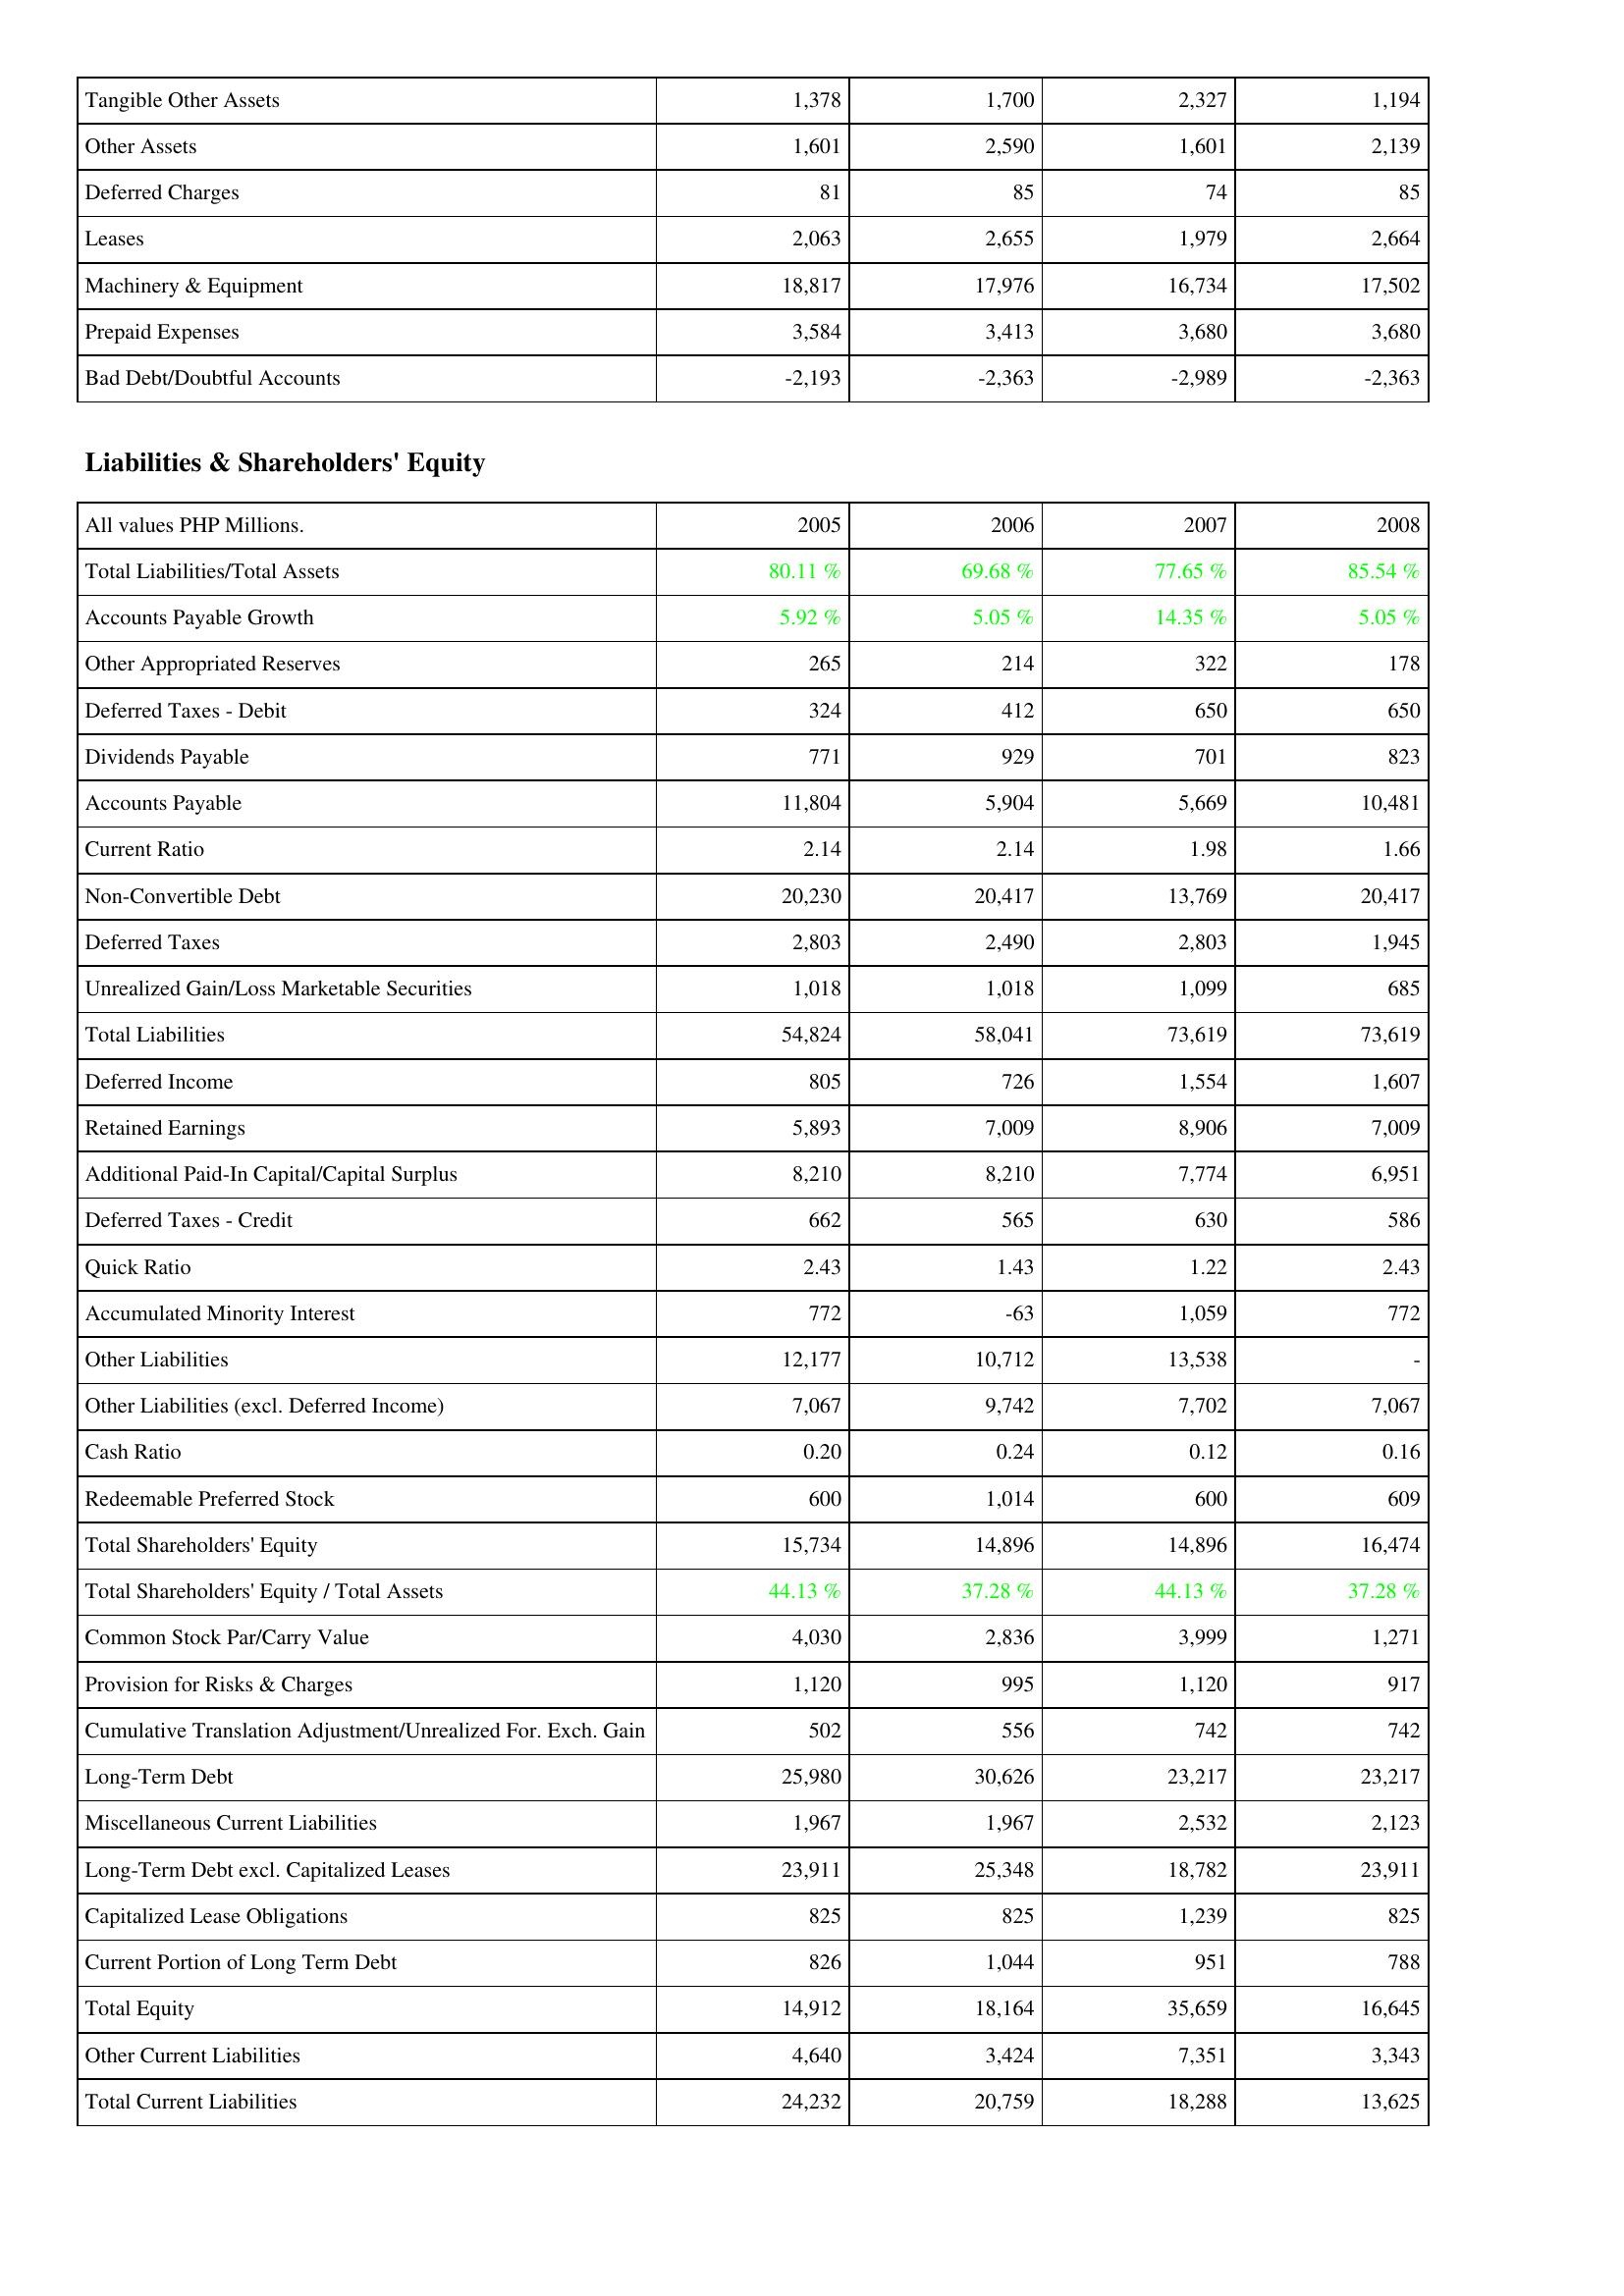
2005: Assets: Tangible Other Assets: 1,378
Other Assets: 1,601
Deferred Charges: 81
Leases: 2,063
Machinery & Equipment: 18,817
Prepaid Expenses: 3,584
Bad Debt/Doubtful Accounts: -2,193
Liabilities & Shareholders' Equity: Total Liabilities/Total Assets: 80.11 %
Accounts Payable Growth: 5.92 %
Other Appropriated Reserves: 265
Deferred Taxes - Debit: 324
Dividends Payable: 771
Accounts Payable: 11,804
Current Ratio: 2.14
Non-Convertible Debt: 20,230
Deferred Taxes: 2,803
Unrealized Gain/Loss Marketable Securities: 1,018
Total Liabilities: 54,824
Deferred Income: 805
Retained Earnings: 5,893
Additional Paid-In Capital/Capital Surplus: 8,210
Deferred Taxes - Credit: 662
Quick Ratio: 2.43
Accumulated Minority Interest: 772
Other Liabilities: 12,177
Other Liabilities (excl. Deferred Income): 7,067
Cash Ratio: 0.20
Redeemable Preferred Stock: 600
Total Shareholders' Equity: 15,734
Total Shareholders' Equity / Total Assets: 44.13 %
Common Stock Par/Carry Value: 4,030
Provision for Risks & Charges: 1,120
Cumulative Translation Adjustment/Unrealized For. Exch. Gain: 502
Long-Term Debt: 25,980
Miscellaneous Current Liabilities: 1,967
Long-Term Debt excl. Capitalized Leases: 23,911
Capitalized Lease Obligations: 825
Current Portion of Long Term Debt: 826
Total Equity: 14,912
Other Current Liabilities: 4,640
Total Current Liabilities: 24,232
2006: Assets: Tangible Other Assets: 1,700
Other Assets: 2,590
Deferred Charges: 85
Leases: 2,655
Machinery & Equipment: 17,976
Prepaid Expenses: 3,413
Bad Debt/Doubtful Accounts: -2,363
Liabilities & Shareholders' Equity: Total Liabilities/Total Assets: 69.68 %
Accounts Payable Growth: 5.05 %
Other Appropriated Reserves: 214
Deferred Taxes - Debit: 412
Dividends Payable: 929
Accounts Payable: 5,904
Current Ratio: 2.14
Non-Convertible Debt: 20,417
Deferred Taxes: 2,490
Unrealized Gain/Loss Marketable Securities: 1,018
Total Liabilities: 58,041
Deferred Income: 726
Retained Earnings: 7,009
Additional Paid-In Capital/Capital Surplus: 8,210
Deferred Taxes - Credit: 565
Quick Ratio: 1.43
Accumulated Minority Interest: -63
Other Liabilities: 10,712
Other Liabilities (excl. Deferred Income): 9,742
Cash Ratio: 0.24
Redeemable Preferred Stock: 1,014
Total Shareholders' Equity: 14,896
Total Shareholders' Equity / Total Assets: 37.28 %
Common Stock Par/Carry Value: 2,836
Provision for Risks & Charges: 995
Cumulative Translation Adjustment/Unrealized For. Exch. Gain: 556
Long-Term Debt: 30,626
Miscellaneous Current Liabilities: 1,967
Long-Term Debt excl. Capitalized Leases: 25,348
Capitalized Lease Obligations: 825
Current Portion of Long Term Debt: 1,044
Total Equity: 18,164
Other Current Liabilities: 3,424
Total Current Liabilities: 20,759
2007: Assets: Tangible Other Assets: 2,327
Other Assets: 1,601
Deferred Charges: 74
Leases: 1,979
Machinery & Equipment: 16,734
Prepaid Expenses: 3,680
Bad Debt/Doubtful Accounts: -2,989
Liabilities & Shareholders' Equity: Total Liabilities/Total Assets: 77.65 %
Accounts Payable Growth: 14.35 %
Other Appropriated Reserves: 322
Deferred Taxes - Debit: 650
Dividends Payable: 701
Accounts Payable: 5,669
Current Ratio: 1.98
Non-Convertible Debt: 13,769
Deferred Taxes: 2,803
Unrealized Gain/Loss Marketable Securities: 1,099
Total Liabilities: 73,619
Deferred Income: 1,554
Retained Earnings: 8,906
Additional Paid-In Capital/Capital Surplus: 7,774
Deferred Taxes - Credit: 630
Quick Ratio: 1.22
Accumulated Minority Interest: 1,059
Other Liabilities: 13,538
Other Liabilities (excl. Deferred Income): 7,702
Cash Ratio: 0.12
Redeemable Preferred Stock: 600
Total Shareholders' Equity: 14,896
Total Shareholders' Equity / Total Assets: 44.13 %
Common Stock Par/Carry Value: 3,999
Provision for Risks & Charges: 1,120
Cumulative Translation Adjustment/Unrealized For. Exch. Gain: 742
Long-Term Debt: 23,217
Miscellaneous Current Liabilities: 2,532
Long-Term Debt excl. Capitalized Leases: 18,782
Capitalized Lease Obligations: 1,239
Current Portion of Long Term Debt: 951
Total Equity: 35,659
Other Current Liabilities: 7,351
Total Current Liabilities: 18,288
2008: Assets: Tangible Other Assets: 1,194
Other Assets: 2,139
Deferred Charges: 85
Leases: 2,664
Machinery & Equipment: 17,502
Prepaid Expenses: 3,680
Bad Debt/Doubtful Accounts: -2,363
Liabilities & Shareholders' Equity: Total Liabilities/Total Assets: 85.54 %
Accounts Payable Growth: 5.05 %
Other Appropriated Reserves: 178
Deferred Taxes - Debit: 650
Dividends Payable: 823
Accounts Payable: 10,481
Current Ratio: 1.66
Non-Convertible Debt: 20,417
Deferred Taxes: 1,945
Unrealized Gain/Loss Marketable Securities: 685
Total Liabilities: 73,619
Deferred Income: 1,607
Retained Earnings: 7,009
Additional Paid-In Capital/Capital Surplus: 6,951
Deferred Taxes - Credit: 586
Quick Ratio: 2.43
Accumulated Minority Interest: 772
Other Liabilities: -
Other Liabilities (excl. Deferred Income): 7,067
Cash Ratio: 0.16
Redeemable Preferred Stock: 609
Total Shareholders' Equity: 16,474
Total Shareholders' Equity / Total Assets: 37.28 %
Common Stock Par/Carry Value: 1,271
Provision for Risks & Charges: 917
Cumulative Translation Adjustment/Unrealized For. Exch. Gain: 742
Long-Term Debt: 23,217
Miscellaneous Current Liabilities: 2,123
Long-Term Debt excl. Capitalized Leases: 23,911
Capitalized Lease Obligations: 825
Current Portion of Long Term Debt: 788
Total Equity: 16,645
Other Current Liabilities: 3,343
Total Current Liabilities: 13,625